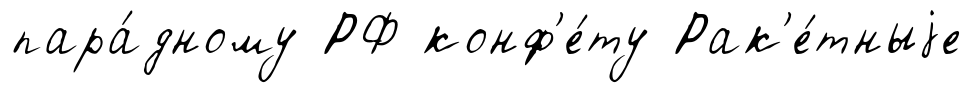
пара́дному РФ конф'е́ту Рак'е́тныjе